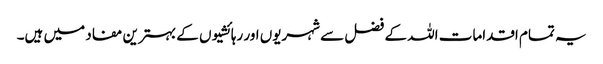
یہ تمام اقدامات اللہ کے فضل سے شہریوں اور رہائشیوں کے بہترین مفاد میں ہیں۔